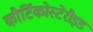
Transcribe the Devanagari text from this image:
कौर्टिकोस्टेरौइड